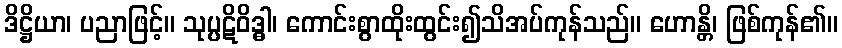
ဒိဋ္ဌိယာ၊ ပညာဖြင့်။ သုပ္ပဋိဝိဒ္ဓါ၊ ကောင်းစွာထိုးထွင်း၍သိအပ်ကုန်သည်။ ဟောန္တိ၊ ဖြစ်ကုန်၏။